Civil Veterinary Department. Madras. Admin. report 1926-33 - 1926-1933
Year: 1926
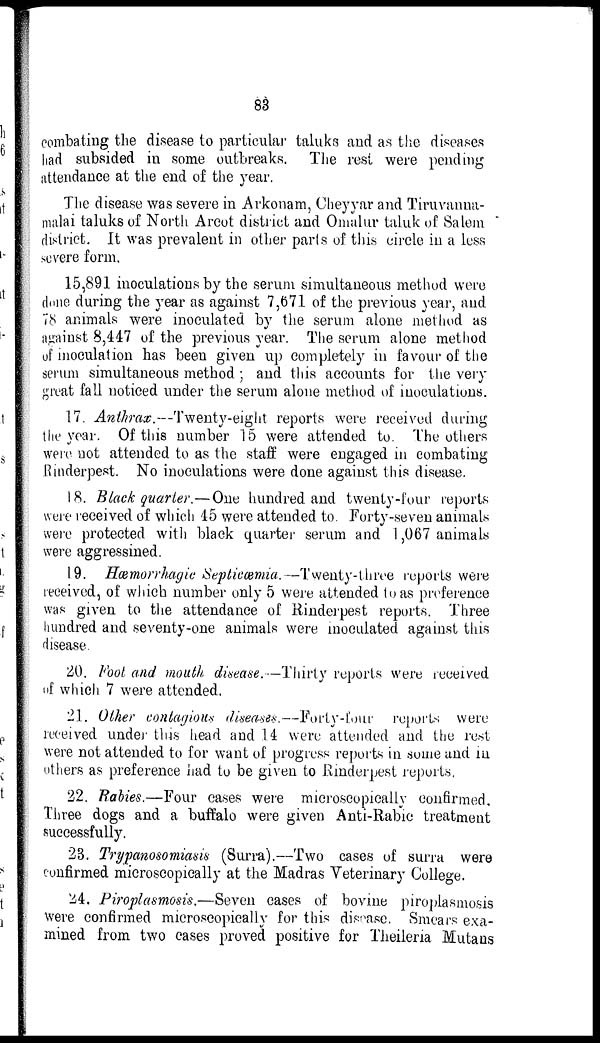
83
combating the disease to particular taluks and as the diseases
had subsided in some outbreaks. The rest were pending
attendance at the end of the year.
The disease was severe in Arkonam, Cheyyar and Tiruvanna-
malai taluks of North Arcot district and Omalur taluk of Salem
district. It was prevalent in other parts of this circle in a less
severe form.
15,891 inoculations by the serum simultaneous method were
done during the year as against 7,671 of the previous year, and
78 animals were inoculated by the serum alone method as
against 8,447 of the previous year. The serum alone method
of inoculation has been given up completely in favour of the
serum simultaneous method ; and this accounts for the very
great fall noticed under the serum alone method of inoculations.
17. Anthrax.—Twenty-eight reports were received during
the year. Of this number 15 were attended to. The others
were not attended to as the staff were engaged in combating
Rinderpest. No inoculations were done against this disease.
18. Black quarter.—One hundred and twenty-four reports
were received of which 45 were attended to. Forty-seven animals
were protected with black quarter serum and 1,067 animals
were aggressined.
19. Hæmorrhagic Septicæmia.—Twenty-three reports were
received, of which number only 5 were attended to as preference
was given to the attendance of Rinderpest reports. Three
hundred and seventy-one animals were inoculated against this
disease.
20. Foot and mouth disease.—Thirty reports were received
of which 7 were attended.
21.Other contagious diseases.—Forty-four reports were
received under this head and 14 were attended and the rest
were not attended to for want of progress reports in some and in
others as preference had to be given to Rinderpest reports.
22. Rabies.—Four cases were microscopically confirmed.
Three dogs and a buffalo were given Anti-Rabic treatment
successfully.
23.Trypanosomiasis (Surra).—Two cases of surra were
confirmed microscopically at the Madras Veterinary College.
24. Piroplasmosis.—Seven cases of bovine piroplasmosis
were confirmed microscopically for this disease. Smears exa-
mined from two cases proved positive for Theileria Mutans